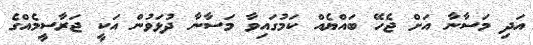
އަދި މަސާނާ އަށް ޖެހޭ ބައްޔެއް ކަމުގައިވާ މަސާނާ ދުޅަވުން އަކީ ޖަރާސީމެއްގެ